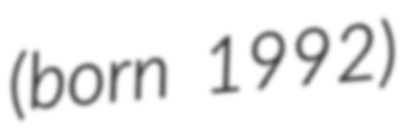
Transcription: (born 1992)